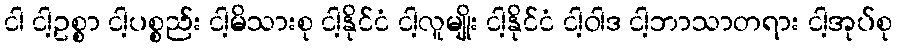
ငါ ငါ့ဥစ္စာ ငါ့ပစ္စည်း ငါ့မိသားစု ငါ့နိုင်ငံ ငါ့လူမျိုး ငါ့နိုင်ငံ ငါ့ဝါဒ ငါ့ဘာသာတရား ငါ့အုပ်စု